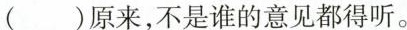
()原来，不是谁的意见都得听。